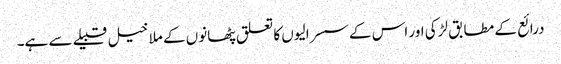
درائع کے مطابق لڑکی اور اس کےسسرالیوں کا تعلق پٹھانوں کے ملا خیل قبیلے سے ہے۔